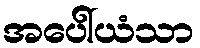
အပေါ်ယံသာ